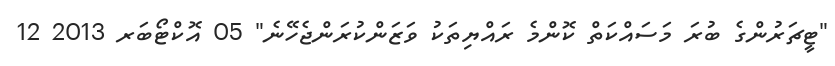
"ޓީޗަރުންގެ ބުރަ މަސައްކަތް ކޮންމެ ރައްޔިތަކު ވަޒަންކުރަންޖެހޭނެ" 05 އޮކްޓޯބަރ 2013 12